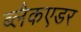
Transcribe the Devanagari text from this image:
ब्लैकएडर